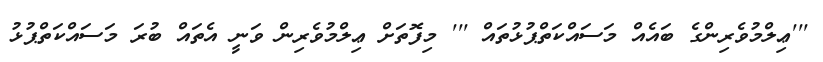
'''ޢިލްމުވެރިންގެ ބައެއް މަސައްކަތްޕުޅުތައް ''' މިފޮތަށް ޢިލްމުވެރިން ވަނީ އެތައް ބުރަ މަސައްކަތްޕުޅު